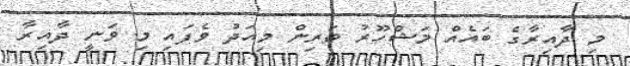
މި ދާއިރާގެ ބައެއް މަޝްހޫރު ތަރިން މިއަދު ވެފައި މި ވަނީ ދާއިރާ